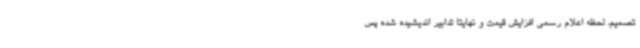
تصمیم، لحظه اعلام رسمی افزایش قیمت و نهایتا تدابیر اندیشیده شده پس